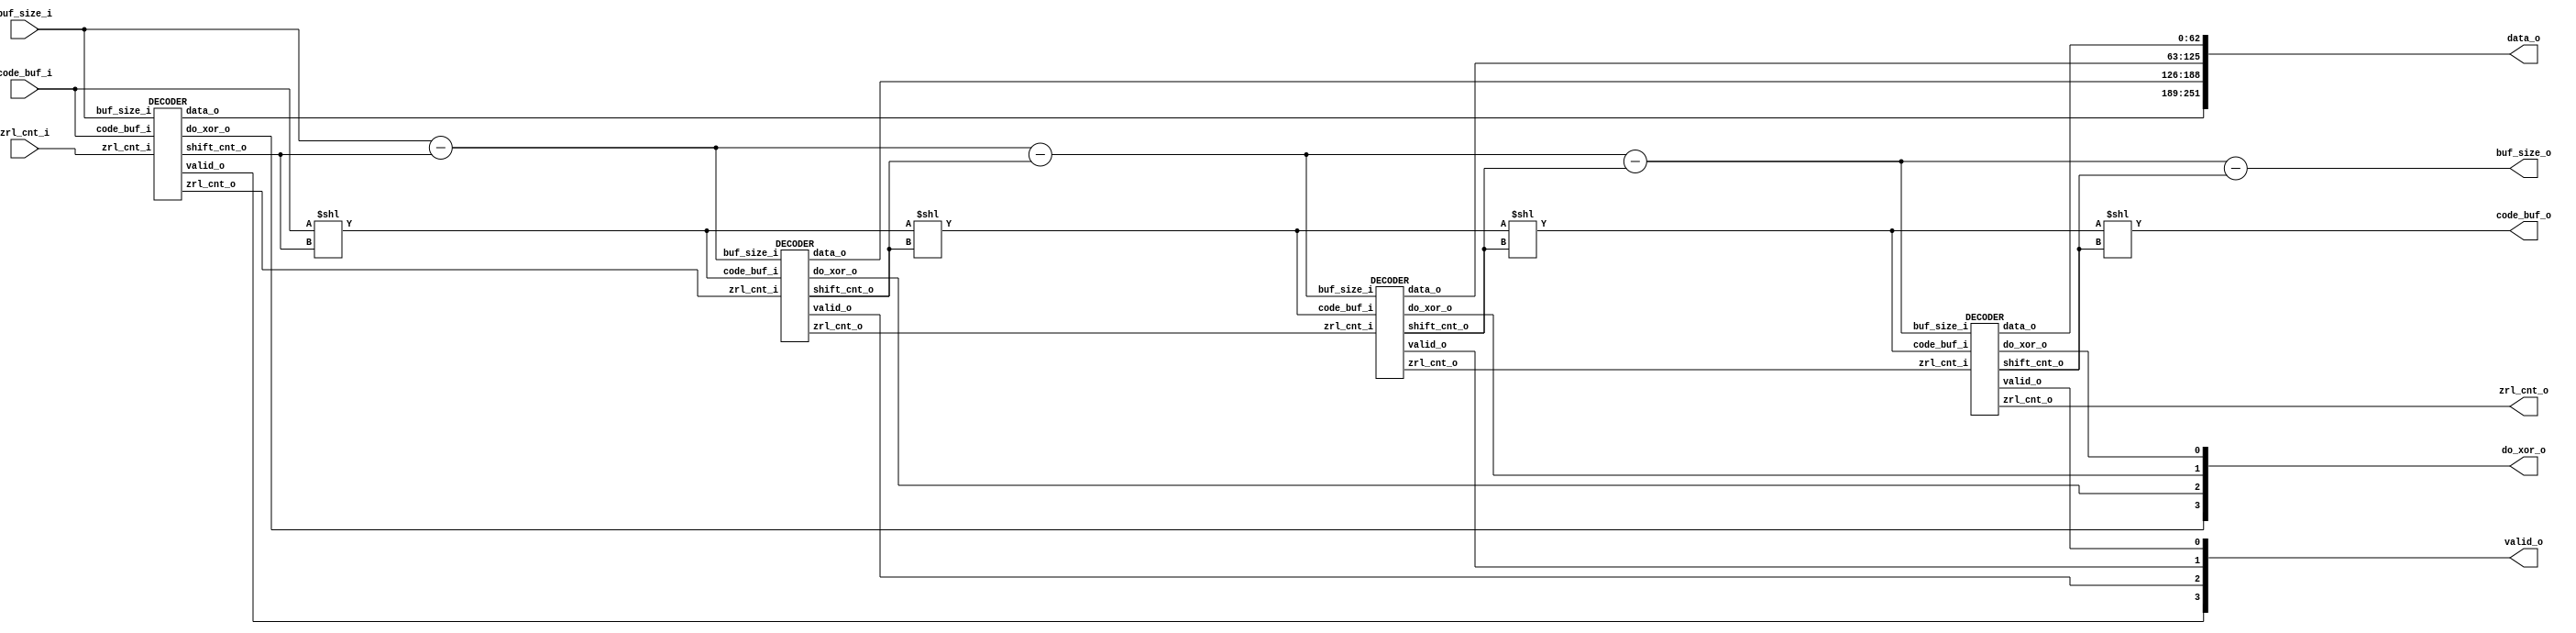
module DECODER_GROUP(
	input wire [127:0]		code_buf_i,
	input wire [6:0] 		buf_size_i,
	input wire [3:0] 		zrl_cnt_i,

	output wire [127:0] 		code_buf_o,
	output wire [6:0] 		buf_size_o,
	output wire [3:0] 		zrl_cnt_o,

	output wire [251:0]		data_o,
	output wire [3:0]		valid_o,
	output wire [3:0]		do_xor_o
);

	wire 	[127:0] 		code_buf	[0:4];
	wire 	[6:0]			buf_size	[0:4];
	wire 	[3:0]			zrl_cnt		[0:4];

	wire 	[6:0]			shift_cnt	[0:3];

	wire 	[62:0]			data_out	[0:3];
	wire 				valid		[0:3];
	wire 				do_xor		[0:3];

	assign code_buf[0] = code_buf_i;
	assign buf_size[0] = buf_size_i;
	assign zrl_cnt[0] = zrl_cnt_i;

	genvar i;
	generate
		for (i=0; i<4; i=i+1) begin : decoders
			DECODER dec(
				.code_buf_i(code_buf[i]),
				.buf_size_i(buf_size[i]),
				.zrl_cnt_i(zrl_cnt[i]),
				
				.valid_o(valid[i]),
				.shift_cnt_o(shift_cnt[i]),
				.zrl_cnt_o(zrl_cnt[i+1]),
	
				.do_xor_o(do_xor[i]),
				.data_o(data_out[i])
			);
			assign code_buf[i+1] = code_buf[i] << shift_cnt[i];
			assign buf_size[i+1] = buf_size[i] - shift_cnt[i];
		end
	endgenerate

	assign data_o = {data_out[0], data_out[1], data_out[2], data_out[3]};
	assign valid_o = {valid[0], valid[1], valid[2], valid[3]};
	assign do_xor_o = {do_xor[0], do_xor[1], do_xor[2], do_xor[3]};

	assign code_buf_o = code_buf[4];
	assign buf_size_o = buf_size[4];
	assign zrl_cnt_o = zrl_cnt[4];
endmodule

/* 
bpc encoding	dbx's original size = 63 bit
symbol			len			encoding_symbol
_______________________________________________________________
run_len(2~16) 0		 6 bit			01_(run_len-2)[3:0]
0			 3 bit			001
all 1			 5 bit			00000
dbx!=0 & dbp=0		 5 bit			00001
consec two 1's		11 bit			00010_(StartingOnePos)[5:0]
single 1		11 bit			00011_(OnePos)[5:0]
uncompressed		64 bit			1_(uncompressedData)[62:0]
*/
module DECODER(
	input wire [127:0] 	code_buf_i,
	input wire [6:0]	buf_size_i,
	input wire [3:0]	zrl_cnt_i,
	
	output reg 		valid_o,	
	output reg [6:0]	shift_cnt_o,
	output reg [3:0] 	zrl_cnt_o,
	
	output reg		do_xor_o,
	output reg [62:0]	data_o
);

	always @(*) begin
		valid_o = 0;
		shift_cnt_o = 0;
		zrl_cnt_o = zrl_cnt_i;
		do_xor_o = 0;
		data_o = 0;
		if (zrl_cnt_i != 0) begin
			data_o = 64'b0;
			valid_o = 1;
			zrl_cnt_o = zrl_cnt_i - 'd1;
			shift_cnt_o = 'd0;
			do_xor_o = 'b1;
		end
		else begin
			casez (code_buf_i[127:123])
				5'b00000 : begin // all 1
					if (buf_size_i > 'd5) begin
						data_o = 63'h7fff_ffff_ffff_ffff;
						valid_o = 1;
						zrl_cnt_o = 'd0;
						shift_cnt_o = 'd5;
						do_xor_o = 'b1;
					end
				end
				5'b00001 : begin // dbx!=0 & dbp=0
					if (buf_size_i > 'd5) begin
						data_o = 63'h0000_0000_0000_0000;
						valid_o = 1;
						zrl_cnt_o = 'd0;
						shift_cnt_o = 'd5;
						do_xor_o = 'b0;
					end
				end
				5'b00010 : begin // consec two 1's
					if (buf_size_i > 'd11) begin
						data_o = 63'h0000_0000_0000_0000;
						valid_o = 1;
						data_o[code_buf_i[122:117]] = 1'b1;
						data_o[code_buf_i[122:117] + 1] = 1'b1;
						zrl_cnt_o = 'd0;
						shift_cnt_o = 'd11;
						do_xor_o = 'b1;
					end
				end
				5'b00011 : begin // single 1
					if (buf_size_i > 'd11) begin
						data_o = 63'h0000_0000_0000_0000;
						valid_o = 1;
						data_o[code_buf_i[122:117]] = 1'b1;
						zrl_cnt_o = 'd0;
						shift_cnt_o = 'd11;
						do_xor_o = 'b1;
					end
				end
				5'b001?? : begin // 0
					if (buf_size_i > 'd3) begin
						data_o = 63'h0000_0000_0000_0000;
						valid_o = 1;
						zrl_cnt_o = 'd0;
						shift_cnt_o = 'd3;
						do_xor_o = 'b1;
					end
				end
				5'b01??? : begin // run_len(2~16) 0
					if (buf_size_i > 'd6) begin
						data_o = 63'h0000_0000_0000_0000;
						valid_o = 1;
						zrl_cnt_o = code_buf_i[125:122] + 1;
						shift_cnt_o = 'd6;
						do_xor_o = 'b1;
					end
				end
				5'b1???? : begin // uncompressed
					if (buf_size_i > 'd64) begin
						data_o = code_buf_i[126:64];
						valid_o = 1;
						zrl_cnt_o = 'd0;
						shift_cnt_o = 'd64;
						do_xor_o = 'b1;
					end
				end
			endcase
		end
	end
endmodule